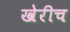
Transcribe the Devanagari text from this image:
खेरीच